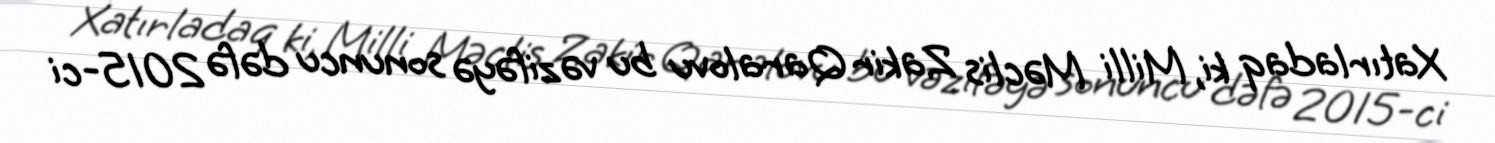
Xatırladaq ki, Milli Məclis Zakir Qaralovu bu vəzifəyə sonuncu dəfə 2015-ci